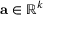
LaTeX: \mathbf { a } \in \mathbb { R } ^ { k }